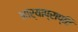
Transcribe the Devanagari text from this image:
भार्याप्राप्ति